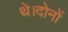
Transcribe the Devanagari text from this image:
थे।दोनों